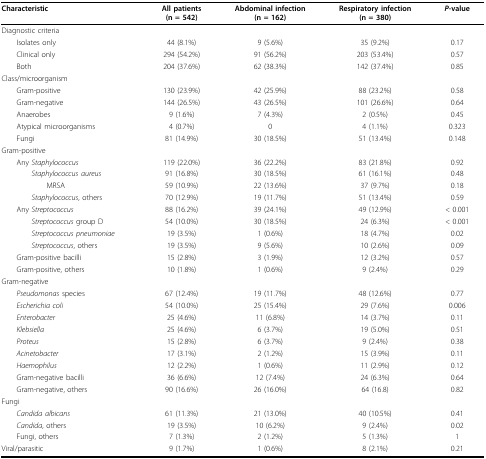
<table><thead><tr><td><b>Characteristic</b></td><td><b>All patients(n = 542)</b></td><td><b>Abdominal infection(n = 162)</b></td><td><b>Respiratory infection(n = 380)</b></td><td><b><i>P</i>-value</b></td></tr></thead><tbody><tr><td>Diagnostic criteria</td><td></td><td></td><td></td><td></td></tr><tr><td> Isolates only</td><td>44 (8.1%)</td><td>9 (5.6%)</td><td>35 (9.2%)</td><td>0.17</td></tr><tr><td> Clinical only</td><td>294 (54.2%)</td><td>91 (56.2%)</td><td>203 (53.4%)</td><td>0.57</td></tr><tr><td> Both</td><td>204 (37.6%)</td><td>62 (38.3%)</td><td>142 (37.4%)</td><td>0.85</td></tr><tr><td>Class/microorganism</td><td></td><td></td><td></td><td></td></tr><tr><td> Gram-positive</td><td>130 (23.9%)</td><td>42 (25.9%)</td><td>88 (23.2%)</td><td>0.58</td></tr><tr><td> Gram-negative</td><td>144 (26.5%)</td><td>43 (26.5%)</td><td>101 (26.6%)</td><td>0.64</td></tr><tr><td> Anaerobes</td><td>9 (1.6%)</td><td>7 (4.3%)</td><td>2 (0.5%)</td><td>0.45</td></tr><tr><td> Atypical microorganisms</td><td>4 (0.7%)</td><td>0</td><td>4 (1.1%)</td><td>0.323</td></tr><tr><td> Fungi</td><td>81 (14.9%)</td><td>30 (18.5%)</td><td>51 (13.4%)</td><td>0.148</td></tr><tr><td>Gram-positive</td><td></td><td></td><td></td><td></td></tr><tr><td> Any <i>Staphylococcus</i></td><td>119 (22.0%)</td><td>36 (22.2%)</td><td>83 (21.8%)</td><td>0.92</td></tr><tr><td><i>Staphylococcus aureus</i></td><td>91 (16.8%)</td><td>30 (18.5%)</td><td>61 (16.1%)</td><td>0.48</td></tr><tr><td>MRSA</td><td>59 (10.9%)</td><td>22 (13.6%)</td><td>37 (9.7%)</td><td>0.18</td></tr><tr><td><i>Staphylococcus</i>, others</td><td>70 (12.9%)</td><td>19 (11.7%)</td><td>51 (13.4%)</td><td>0.59</td></tr><tr><td> Any <i>Streptococcus</i></td><td>88 (16.2%)</td><td>39 (24.1%)</td><td>49 (12.9%)</td><td>&lt; 0.001</td></tr><tr><td><i>Streptococcus </i>group D</td><td>54 (10.0%)</td><td>30 (18.5%)</td><td>24 (6.3%)</td><td>&lt; 0.001</td></tr><tr><td><i>Streptococcus pneumoniae</i></td><td>19 (3.5%)</td><td>1 (0.6%)</td><td>18 (4.7%)</td><td>0.02</td></tr><tr><td><i>Streptococcus</i>, others</td><td>19 (3.5%)</td><td>9 (5.6%)</td><td>10 (2.6%)</td><td>0.09</td></tr><tr><td> Gram-positive bacilli</td><td>15 (2.8%)</td><td>3 (1.9%)</td><td>12 (3.2%)</td><td>0.57</td></tr><tr><td> Gram-positive, others</td><td>10 (1.8%)</td><td>1 (0.6%)</td><td>9 (2.4%)</td><td>0.29</td></tr><tr><td>Gram-negative</td><td></td><td></td><td></td><td></td></tr><tr><td> <i>Pseudomonas </i>species</td><td>67 (12.4%)</td><td>19 (11.7%)</td><td>48 (12.6%)</td><td>0.77</td></tr><tr><td> <i>Escherichia coli</i></td><td>54 (10.0%)</td><td>25 (15.4%)</td><td>29 (7.6%)</td><td>0.006</td></tr><tr><td> <i>Enterobacter</i></td><td>25 (4.6%)</td><td>11 (6.8%)</td><td>14 (3.7%)</td><td>0.11</td></tr><tr><td> <i>Klebsiella</i></td><td>25 (4.6%)</td><td>6 (3.7%)</td><td>19 (5.0%)</td><td>0.51</td></tr><tr><td> <i>Proteus</i></td><td>15 (2.8%)</td><td>6 (3.7%)</td><td>9 (2.4%)</td><td>0.38</td></tr><tr><td> <i>Acinetobacter</i></td><td>17 (3.1%)</td><td>2 (1.2%)</td><td>15 (3.9%)</td><td>0.11</td></tr><tr><td> <i>Haemophilus</i></td><td>12 (2.2%)</td><td>1 (0.6%)</td><td>11 (2.9%)</td><td>0.12</td></tr><tr><td> Gram-negative bacilli</td><td>36 (6.6%)</td><td>12 (7.4%)</td><td>24 (6.3%)</td><td>0.64</td></tr><tr><td> Gram-negative, others</td><td>90 (16.6%)</td><td>26 (16.0%)</td><td>64 (16.8)</td><td>0.82</td></tr><tr><td>Fungi</td><td></td><td></td><td></td><td></td></tr><tr><td> <i>Candida albicans</i></td><td>61 (11.3%)</td><td>21 (13.0%)</td><td>40 (10.5%)</td><td>0.41</td></tr><tr><td> <i>Candida</i>, others</td><td>19 (3.5%)</td><td>10 (6.2%)</td><td>9 (2.4%)</td><td>0.02</td></tr><tr><td> Fungi, others</td><td>7 (1.3%)</td><td>2 (1.2%)</td><td>5 (1.3%)</td><td>1</td></tr><tr><td>Viral/parasitic</td><td>9 (1.7%)</td><td>1 (0.6%)</td><td>8 (2.1%)</td><td>0.21</td></tr></tbody></table>